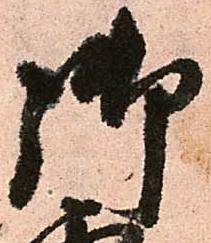
御